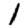
Digit: 1